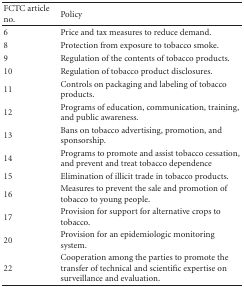
<table><thead><tr><td><b>FCTC article no.</b></td><td><b>Policy</b></td></tr></thead><tbody><tr><td>6</td><td>Price and tax measures to reduce demand.</td></tr><tr><td>8</td><td>Protection from exposure to tobacco smoke.</td></tr><tr><td>9</td><td>Regulation of the contents of tobacco products.</td></tr><tr><td>10</td><td>Regulation of tobacco product disclosures.</td></tr><tr><td>11</td><td>Controls on packaging and labeling of tobacco products.</td></tr><tr><td>12</td><td>Programs of education, communication, training, and public awareness.</td></tr><tr><td>13</td><td>Bans on tobacco advertising, promotion, and sponsorship.</td></tr><tr><td>14</td><td>Programs to promote and assist tobacco cessation, and prevent and treat tobacco dependence</td></tr><tr><td>15</td><td>Elimination of illicit trade in tobacco products.</td></tr><tr><td>16</td><td>Measures to prevent the sale and promotion of tobacco to young people.</td></tr><tr><td>17</td><td>Provision for support for alternative crops to tobacco.</td></tr><tr><td>20</td><td>Provision for an epidemiologic monitoring system.</td></tr><tr><td>22</td><td>Cooperation among the parties to promote the transfer of technical and scientific expertise on surveillance and evaluation.</td></tr></tbody></table>